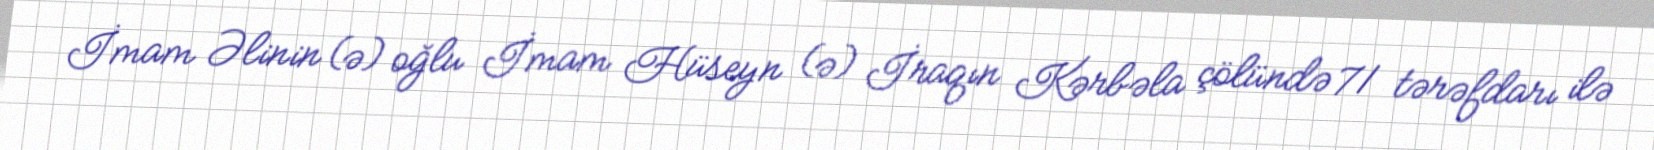
İmam Əlinin (ə) oğlu İmam Hüseyn (ə) İraqın Kərbəla çölündə 71 tərəfdarı ilə